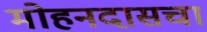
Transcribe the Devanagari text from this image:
मोहनदासचा